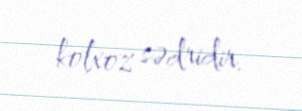
kolxoz sədridir.